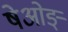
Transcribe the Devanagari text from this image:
षेओङ्